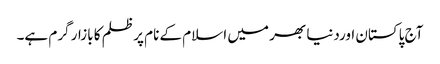
آج پاکستان اوردنیا بھر میں اسلام کے نام پر ظلم کا بازار گرم ہے۔